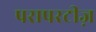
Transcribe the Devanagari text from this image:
परापरटीज़